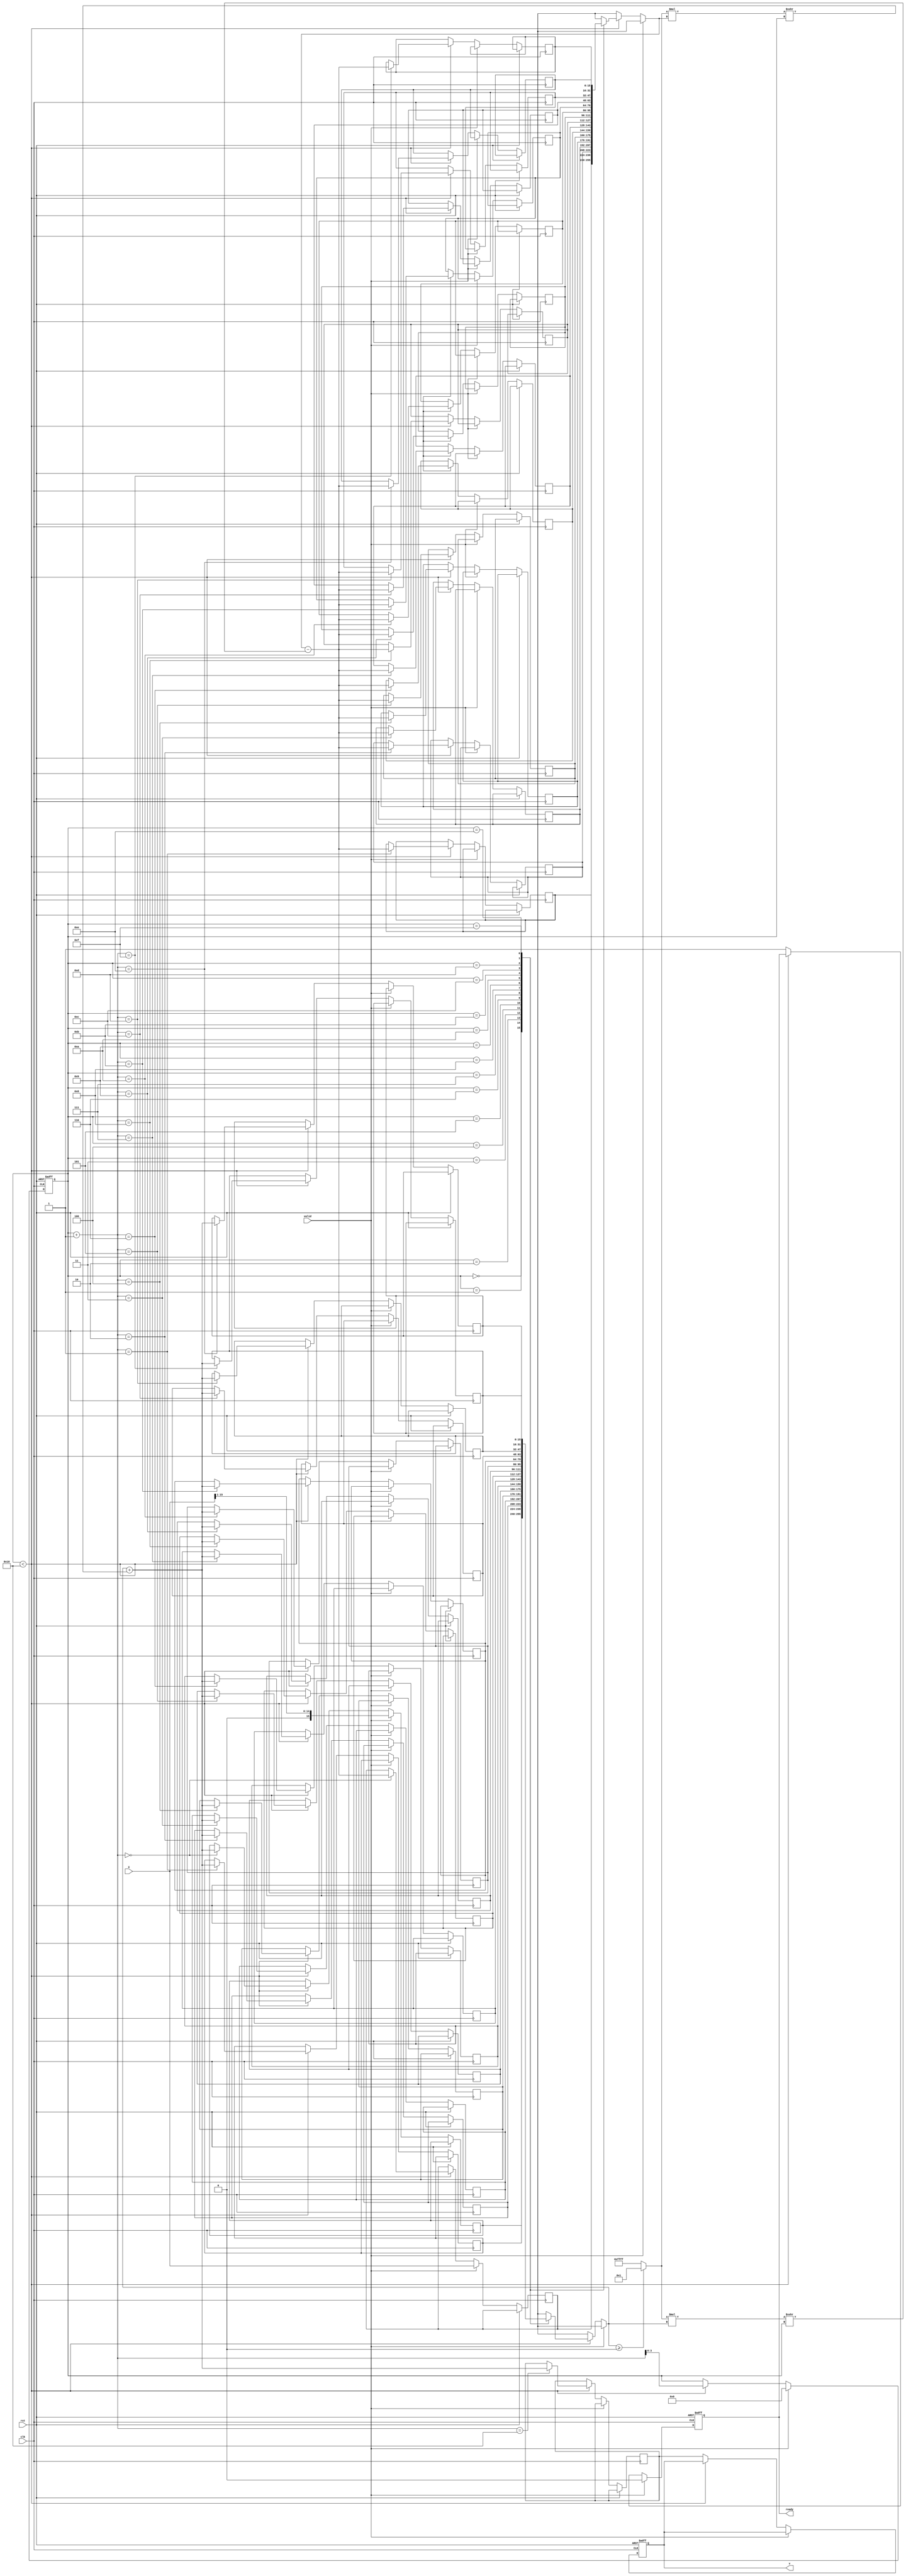
module cordic_sqrt #(
    parameter WIDTH = 16, // Bit-width of input and output
    parameter ITERATIONS = 16 // Number of iterations
)(
    input wire clk,
    input wire rst,
    input wire valid,
    input wire [WIDTH-1:0] X, // Input fixed-point value
    output reg [WIDTH-1:0] Y, // Output fixed-point square root value
    output reg ready // Signal to indicate output is ready
);

    // Internal registers
    reg signed [WIDTH-1:0] x[0:ITERATIONS]; // x(i)
    reg signed [WIDTH-1:0] y[0:ITERATIONS]; // y(i)
    reg [3:0] iteration_count; // Iteration counter
    reg signed [WIDTH-1:0] d; // Direction of rotation

    // CORDIC angles (for initial direction, these might not be needed)
    // Only the direction is used, not the actual angles in this case.

    initial begin
        iteration_count = 0;
        ready = 0;
        Y = 0;
    end

    always @(posedge clk or posedge rst) begin
        if (rst) begin
            iteration_count <= 0;
            Y <= 0;
            ready <= 0;
        end else if (valid) begin
            // Initialization
            x[0] <= X; // Input value
            y[0] <= X >>> 1; // Initial guess: Y0 = X / 2
            iteration_count <= 0;
            ready <= 0;
        end else if (iteration_count < ITERATIONS) begin
            // CORDIC iteration
            d = (y[iteration_count] >= 0) ? 1 : -1; // Determine direction

            // Perform rotation
            x[iteration_count + 1] <= x[iteration_count] - (d * y[iteration_count] >>> iteration_count);
            y[iteration_count + 1] <= y[iteration_count] + (d * x[iteration_count] >>> iteration_count);

            // Increment the iteration counter
            iteration_count <= iteration_count + 1;
        end else begin
            // Final output assignment
            Y <= y[ITERATIONS]; // Set final value of Y
            ready <= 1; // Indicate that the output is ready
        end
    end

endmodule